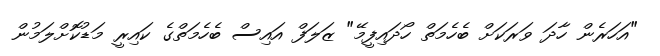
"އަހަރެން ހާދަ ވަރަކަށް ބެހެމަތް ހޯދައިފީމޭ" ޒަލަފް އައިސް ބެހެމަތްގެ ކައިރީ މަޑުކޮށްލަމުން